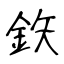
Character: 鉃